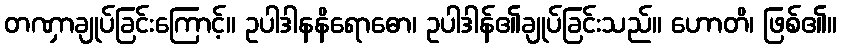
တဏှာချုပ်ခြင်းကြောင့်။ ဥပါဒါနနိရောဓော၊ ဥပါဒါန်၏ချုပ်ခြင်းသည်။ ဟောတိ၊ ဖြစ်၏။